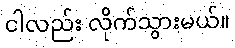
ငါလည်း လိုက်သွားမယ်။